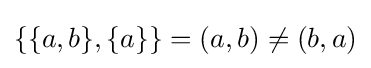
\{\{a,b\},\{a\}\}=(a,b)\neq (b,a)